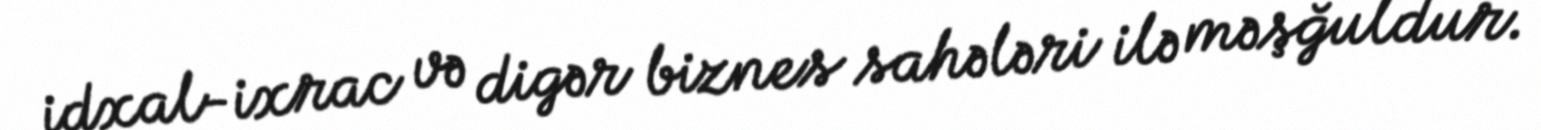
idxal-ixrac və digər biznes sahələri ilə məşğuldur.